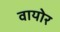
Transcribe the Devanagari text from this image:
वायोर